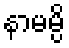
နာမမ္ပိ